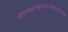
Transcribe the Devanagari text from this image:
जीवान्प्रकृतिकुटिलान्घोरसंसारसिन्धो